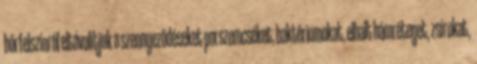
bőrfelszínről eltávolítjuk a szennyeződéseket porszemcséket, baktériumokat, elhalt hámréteget, zsírokat,